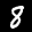
Label: 8